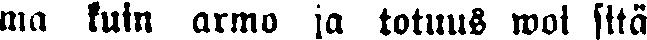
ma kuin armo ja totuus woi sitä